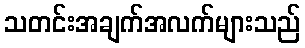
သတင်းအချက်အလက်များသည်